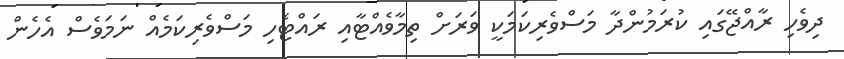
ދިވެހި ރާއްޖޭގައި ކުރަމުންދާ މަސްވެރިކަމަކީ ވަރަށް ތިމާވެއްޓާއި ރައްޓެހި މަސްވެރިކަމެއް ނަމަވެސް އެހެން